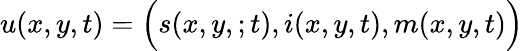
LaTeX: u(x,y,t)=\Big(s(x,y,;t),i(x,y,t),m(x,y,t)\Big)